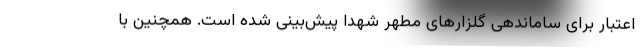
اعتبار برای ساماندهی گلزارهای مطهر شهدا پیش‌بینی شده است. همچنین با